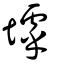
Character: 㙤